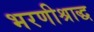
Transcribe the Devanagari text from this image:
भरणीश्राद्ध